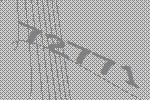
72771